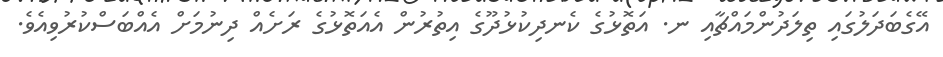
އޭގެބަދަލުގައި ތިލަދުންމައްޗާއި ނ. އަތޮޅުގެ ކެނދިކުޅުދޫގެ އިތުރުން އެއަތޮޅުގެ ރަށެއް ދިނުމަށް އެއްބަސްކުރުވިއެވެ.